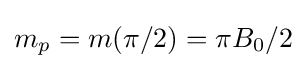
m_{p}=m(\pi /2)=\pi B_{0}/2